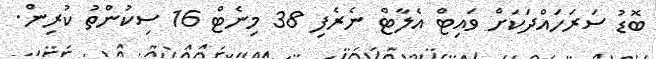
ބޮޑު ސަރަހައްދަކަށް ވައިޓް އެލާޓް ނެރެފި 38 މިނެޓް 16 ސިކުންތު ކުރިން.